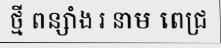
ថ្មី ពន្សាំង រ នាម ពេជ្រ